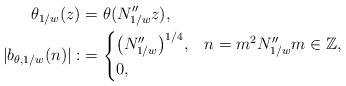
LaTeX: \begin{align*}\theta_{1/w}(z)&= \theta(N^{\prime\prime}_{1/w}z),\\|b_{\theta,1/w}(n)|:&=\begin{cases}\big(N^{\prime\prime}_{1/w}\big)^{1/4}, &n=m^2N^{\prime\prime}_{1/w} m \in \mathbb{Z}, \\ 0, &\end{cases}\end{align*}